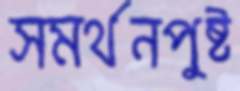
সমর্থনপুষ্ট